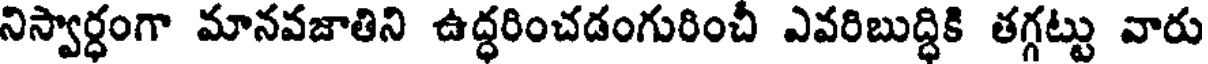
నిస్వార్ధంగా మానవజాతిని ఉద్ధరించడంగురించీ ఎవరిబుద్ధికి తగ్గట్టు వారు